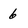
Character: 6